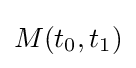
M(t_{0},t_{1})